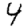
Digit: 4